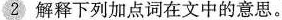
2 解释下列加点词在文中的意思。